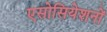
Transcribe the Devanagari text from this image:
एसोसियेशनों